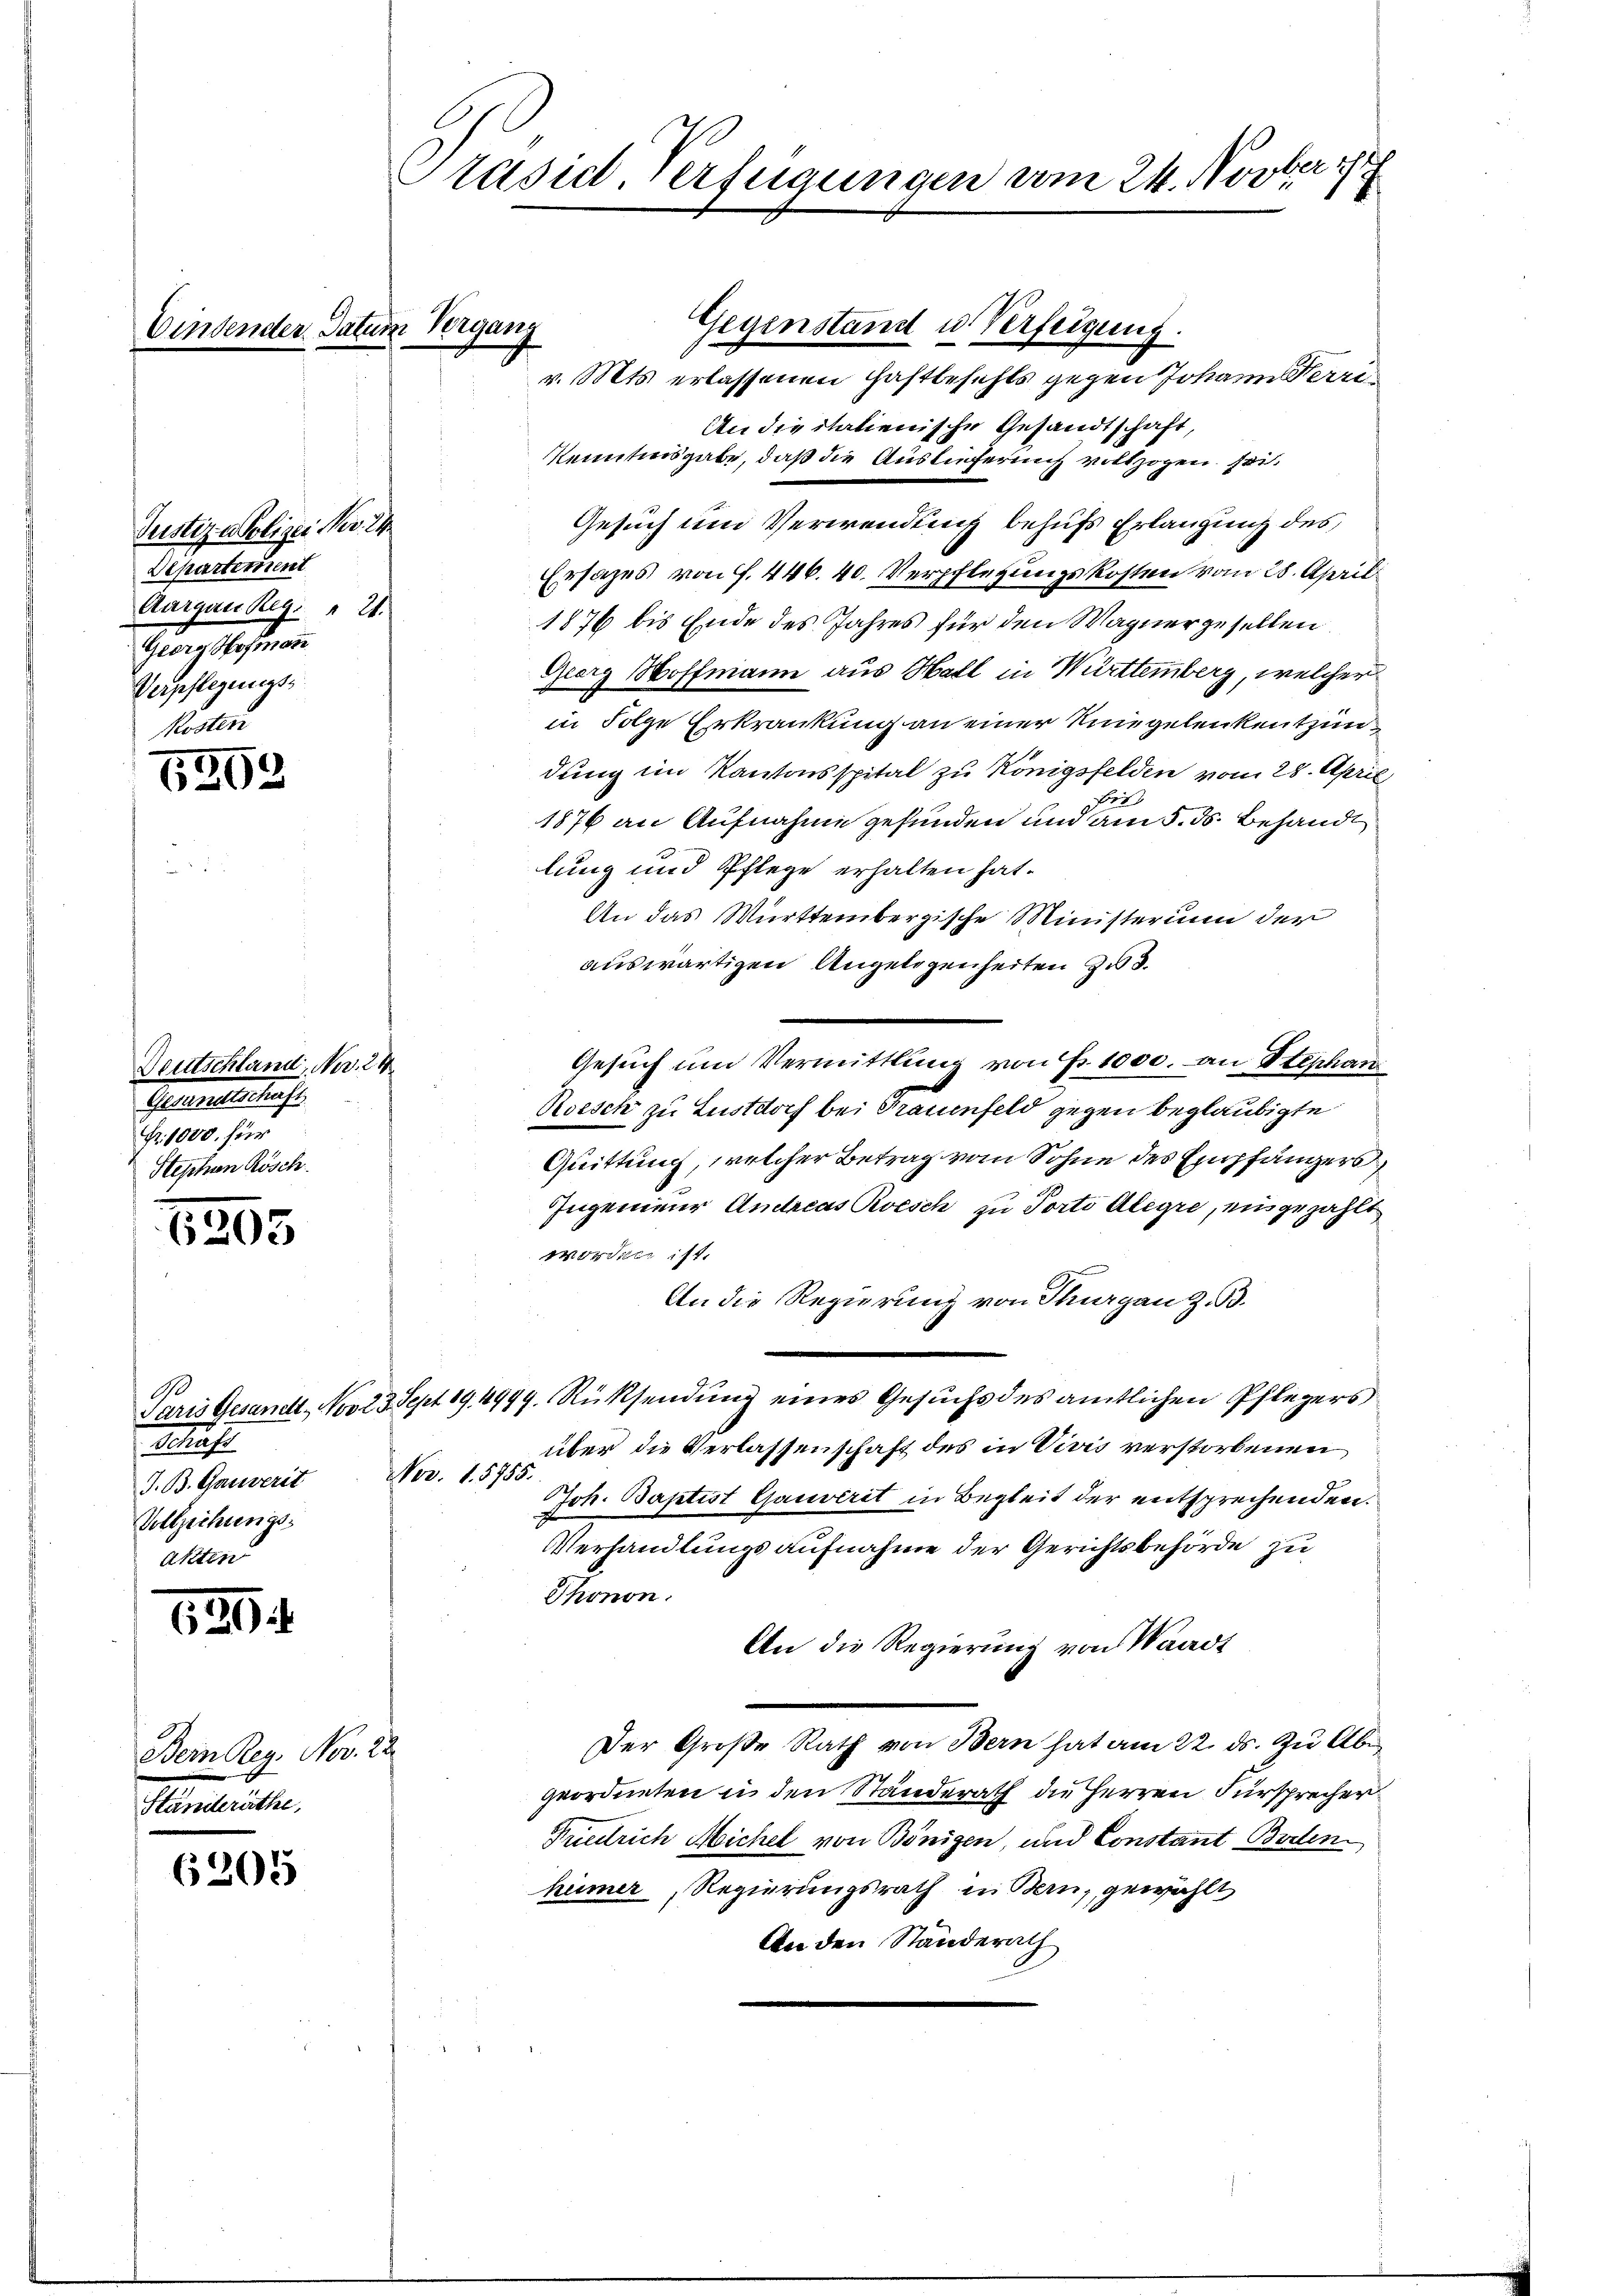
Justizpolizei No. 24.
Departement
Aargau Reg. " 21.
Georgstemann
Verpflegungs¬
Kosten

1292

Deutschland, Nov. 24
Gletschlus
Fr. 1000. für
Stephan Kösch

1305

294

Bern Reg. Nov. 22.
Ständeräthe

6205

Ver. Datum Vergang

110
Präsid. Verfügungen vom 24. Novber
2.

90
Schaft
J. B. Gauverit
Vollziehungs¬
Aktten

Gegenstand u. Verfeigung.
v. Mts. erlassenen Haftbefehls gegen Johann Terri
An die italienische Gesandtschaft,
Kenntnisgabe, daß die Auslieferung vollzogen, sei¬
Gesuch um Verwendung behufs Erlangung des
Ersatzes von f. 446. 40. Verpflegungskosten vom 28. April
1876 bis Ende des Jahres für den Wagnergesellen
Georg Hoffmann aus Hall in Württemberg, welcher
in Folge Erkrankung an einer Ringelenkentzündung im Kantonsspital zu Königsfelden vom 28. April
S
1876 an Aufnahme gefunden und am 5. ds. Behandl
lung und Pflege erhalten hat.
An das Württembergische Ministerium der
auswärtigen Angelegenheiten zu d
Gesŭch ŭm Vermittlung von Fr. 1000. an Stephan
Roisch zu Lustdoch bei Trauenfeld gegen beglaubigte
Quittung, welcher Betrag vom Sohne des Empfängers
Ingenieur Andreas Resch zu Porto Alegre, eingezählt
worden ist.
An die Regierung von Thurgau z. B.
Paris Gesandt, Nov. 23. Sept 194999. Rücksendung eines Gesuchs des amtlichen Pflegers
über die Verlassenschaft des in Vivis verstorbenen
Nov. 1. 5755.
Joh. Baptist Gauverit in Begleit der entsprechenden.
Verhandlungsaufnahme der Gerichtsbehörde zu
Thonon.
An die Regierung von Waadt
Der Große Rath von Bern hat am 22. ds. zu Abgeordneten in den Ständerath die Herren Fürsprecher
Prentrich Michel von Bönigen, und Constant Bielen
hümer, Regierungsrath in Bern, gewählt
An den Ständerath